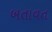
બતાવત